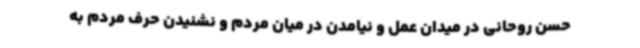
حسن روحانی در میدان عمل و نیامدن در میان مردم و نشنیدن حرف مردم به